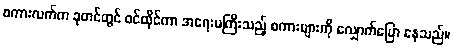
စကားလက်က ခုတင်တွင် ဝင်ထိုင်ကာ အရေးမကြီးသည့် စကားများကို လျှောက်ပြော နေသည်။